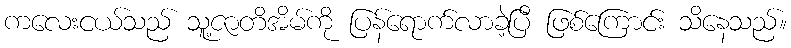
ကလေးငယ်သည် သူ့ဇာတိအိမ်ကို ပြန်ရောက်လာခဲ့ပြီ ဖြစ်ကြောင်း သိနေသည်။